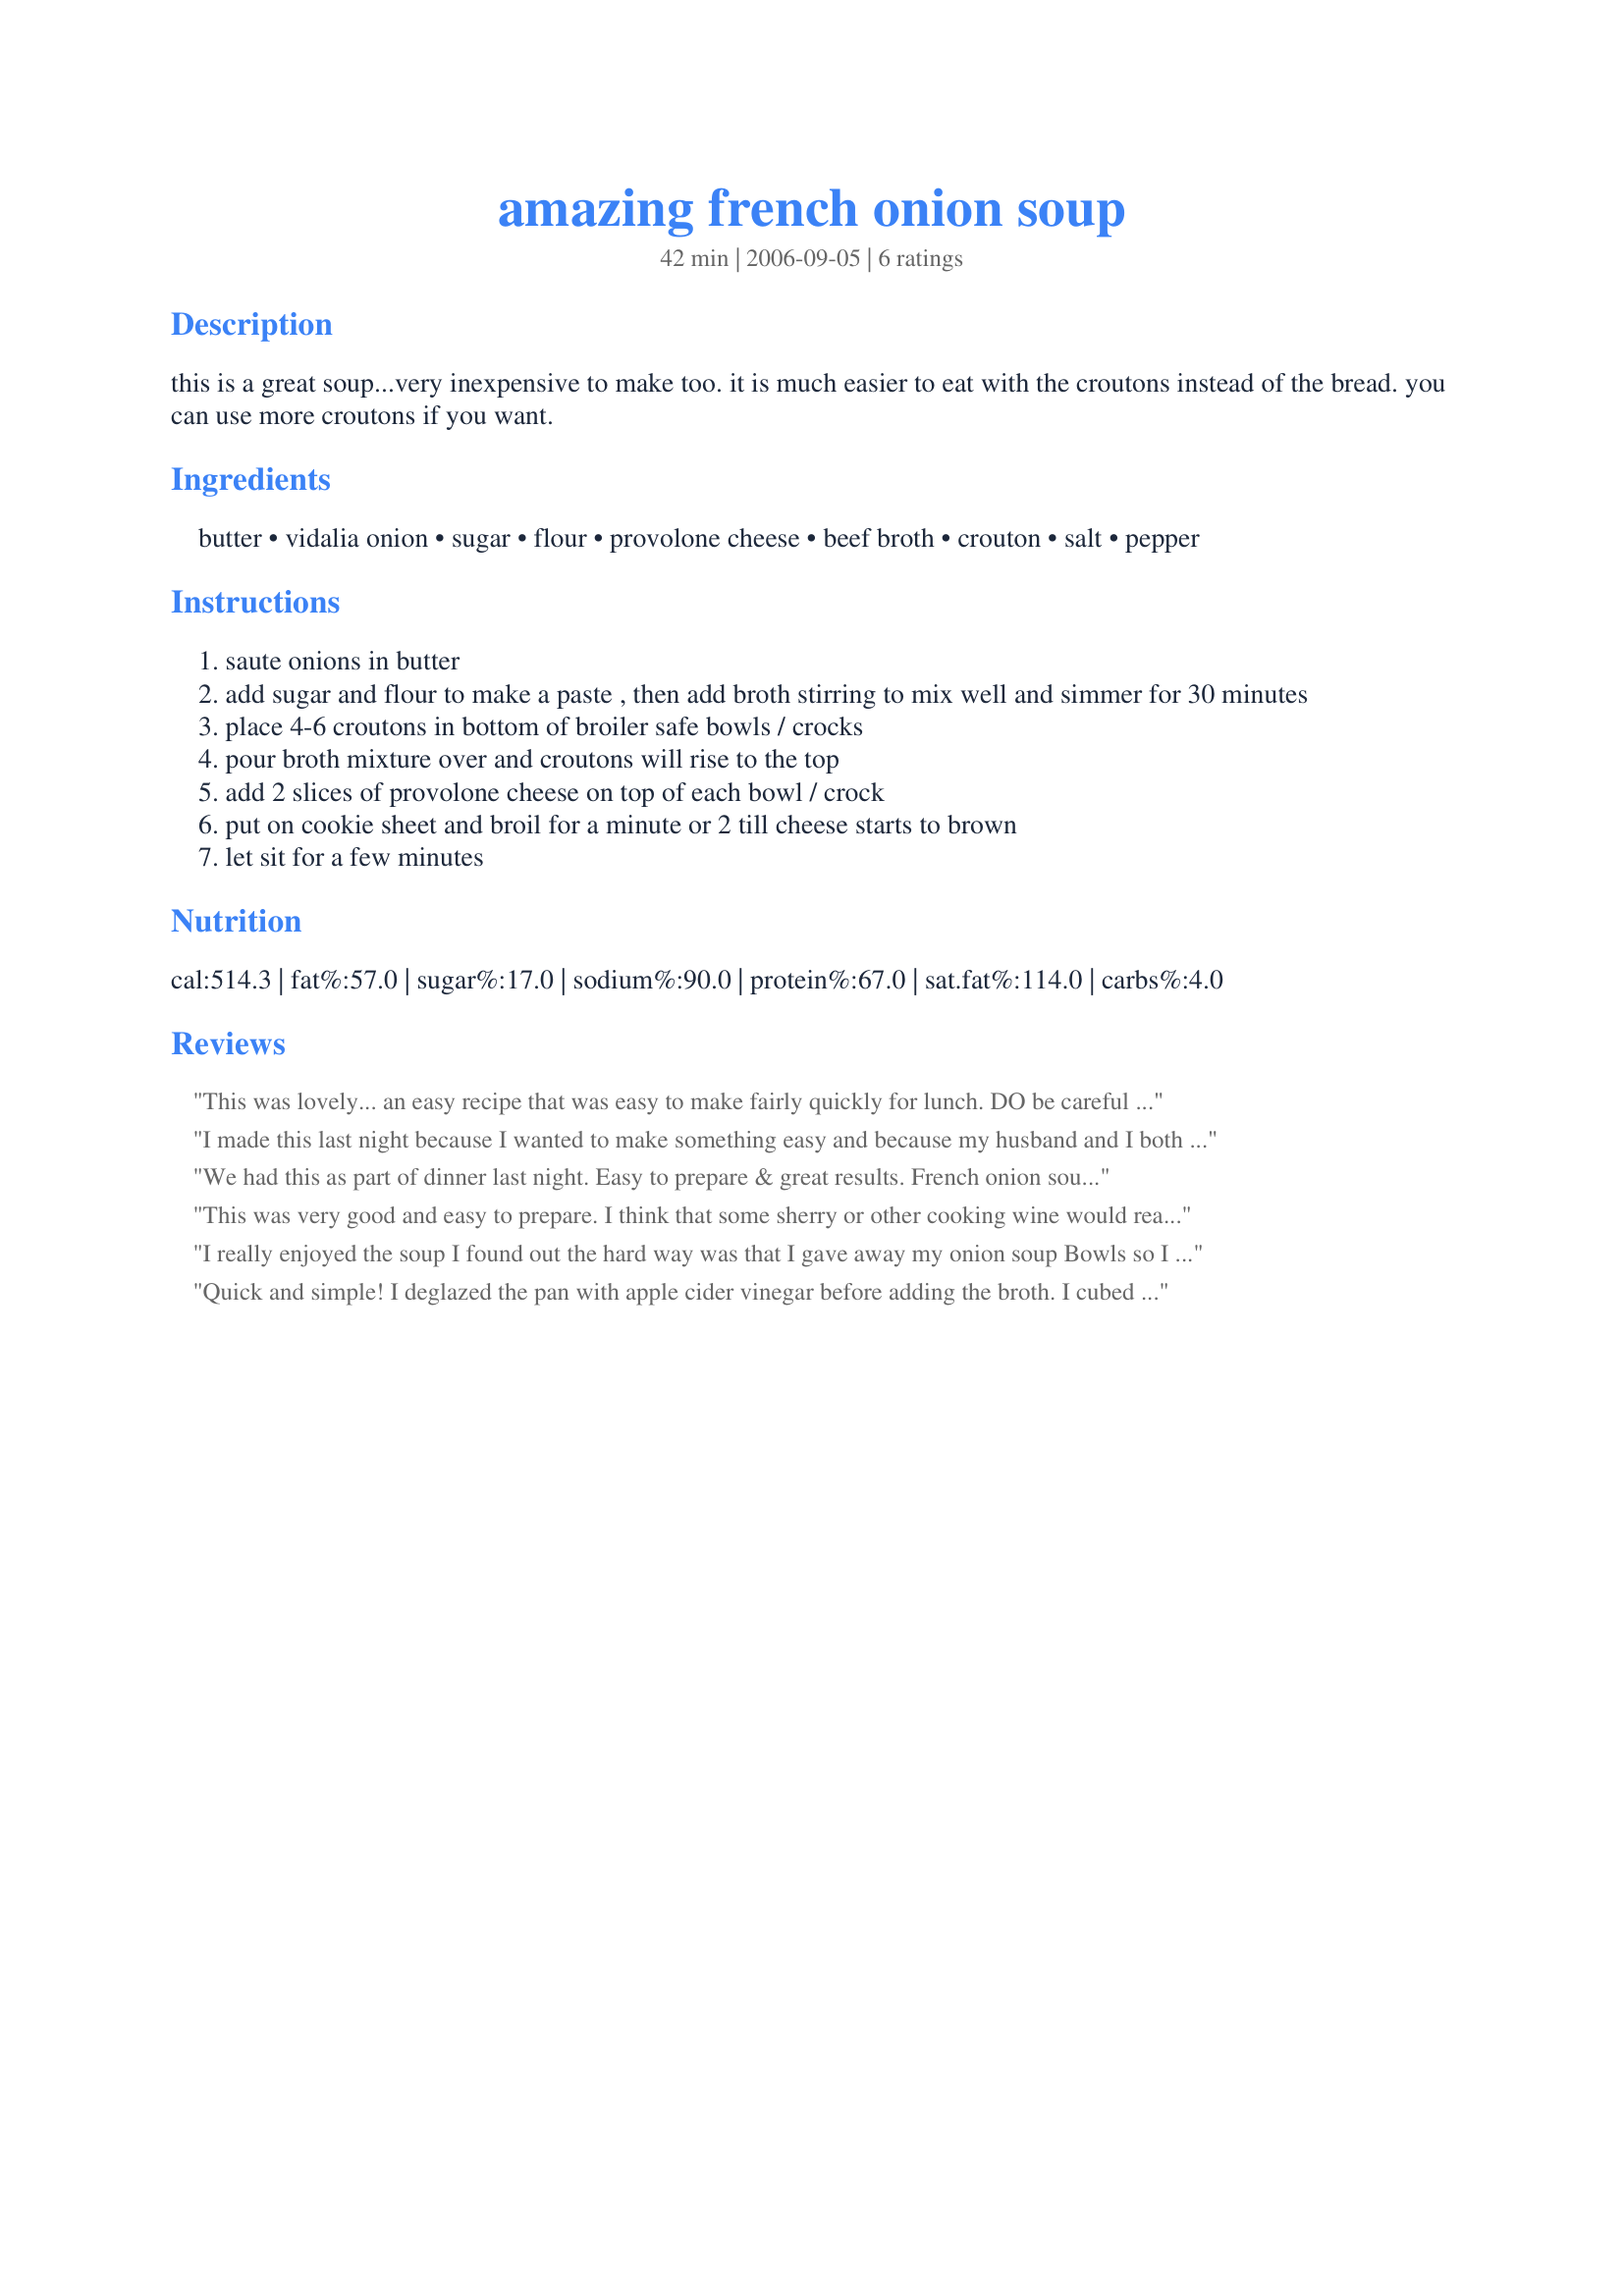
amazing french onion soup
Preparation time: 42 minutes

this is a great soup...very inexpensive to make too. it is much easier to eat with the croutons instead of the bread. you can use more croutons if you want.

Ingredients:
butter, vidalia onion, sugar, flour, provolone cheese, beef broth, crouton, salt, pepper

Steps:
saute onions in butter
add sugar and flour to make a paste , then add broth stirring to mix well and simmer for 30 minutes
place 4-6 croutons in bottom of broiler safe bowls / crocks
pour broth mixture over and croutons will rise to the top
add 2 slices of provolone cheese on top of each bowl / crock
put on cookie sheet and broil for a minute or 2 till cheese starts to brown
let sit for a few minutes

Reviews:
This was lovely... an easy recipe that was easy to make fairly quickly for lunch. DO be careful that if you cut this down to two servings and use commercial beef stock that it doesn't turn out too salty, ours was borderline on the salt, it was tasty but becuase of the salt I couldn't have had a second helping. Next time I will dilute the commerical stock or make my own where I can make it low salt.(I didn't have any of my own stock in the freezer at the moment). Croutons are one food that I simply don't ever fancy eating so I left them out and just grilled some creese and floated it on the top.. yum! Years ago I tasted a French onion soup that had the magic of that special aomething extra, and I have been searching ever since for something that migt come close to it. Sadly this one doesn't but there's absolutelt nothing wrong with the taste of this either. Please see my rating system: a good recipe that I will adapt to reduce the salt and that will do very nicely indeed for some future wintertime lunches. Thanks!
I made this last night because I wanted to make something easy and because my husband and I both love French Onion Soup. I put enough croutons in to cover the top of the bowl. We have normal size bowls and this made enough to fill 2. So, if you are making this as your main meal, you may want to keep that in mind. It was very good and super easy which is what made it a 5 star recipe. I also liked it because the ingredients are always on hand, and I won't have to run to the store for french bread. Thanks!
We had this as part of dinner last night. Easy to prepare & great results. French onion soup (except for packet mix, which we use for making dip), so it was great to have this again. Will definitely make this again.
This was very good and easy to prepare. I think that some sherry or other cooking wine would really enhance the flavors though. Thanks karenbear!
I really enjoyed the soup I found out the hard way was that I gave away my onion soup Bowls so I put it in foil tins. Hey it worked. Made for ZWT5 for Cooks with Dirty Faces.
Can this be frozen at all. I would love to make up a bunch and freeze them.
Quick and simple! I deglazed the pan with apple cider vinegar before adding the broth. I cubed 3 slices of frozen bread, threw them in the toaster oven for a few minutes, poured melted butter on them, then topped with shredded swiss and toasted again- made a great topping! For ZWT4 Flying Duchess'
